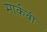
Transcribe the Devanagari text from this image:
मार्कबी